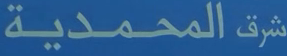
شرقالمحمدية